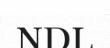
NDL